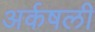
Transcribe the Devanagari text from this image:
अर्कषली